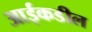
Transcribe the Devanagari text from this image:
आईकडील